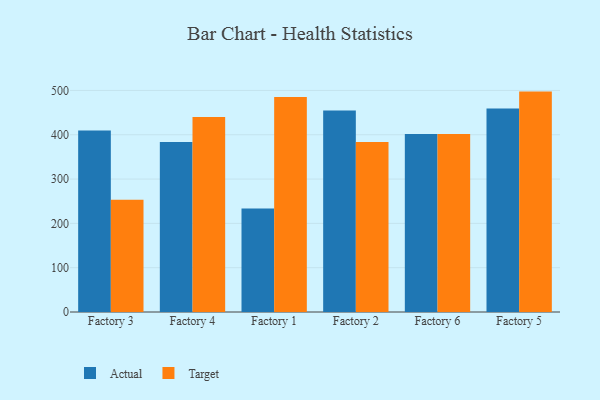
{"axis": {"x": "Factory", "y": "Temperature (°C)"}, "legend": ["Actual", "Target"], "data": [{"x": "Factory 3", "y": 409.5, "type": "Actual"}, {"x": "Factory 3", "y": 253.2, "type": "Target"}, {"x": "Factory 4", "y": 383.9, "type": "Actual"}, {"x": "Factory 4", "y": 440.1, "type": "Target"}, {"x": "Factory 1", "y": 233.6, "type": "Actual"}, {"x": "Factory 1", "y": 485.1, "type": "Target"}, {"x": "Factory 2", "y": 454.6, "type": "Actual"}, {"x": "Factory 2", "y": 383.7, "type": "Target"}, {"x": "Factory 6", "y": 401.9, "type": "Actual"}, {"x": "Factory 6", "y": 401.7, "type": "Target"}, {"x": "Factory 5", "y": 459.1, "type": "Actual"}, {"x": "Factory 5", "y": 497.4, "type": "Target"}]}